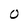
Character: O